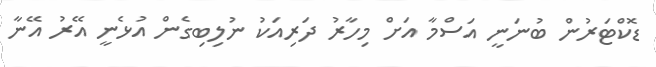
ޑޮކްޓަރުން ބުނަނީ އަސްމާ އަށް މިހާރު ދަރިއަކު ނުލިބިގެން އުޅެނީ އޭރު އޭނާ